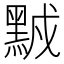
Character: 𪑆